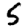
Digit: 5